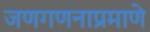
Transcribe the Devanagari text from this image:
जणगणनाप्रमाणे